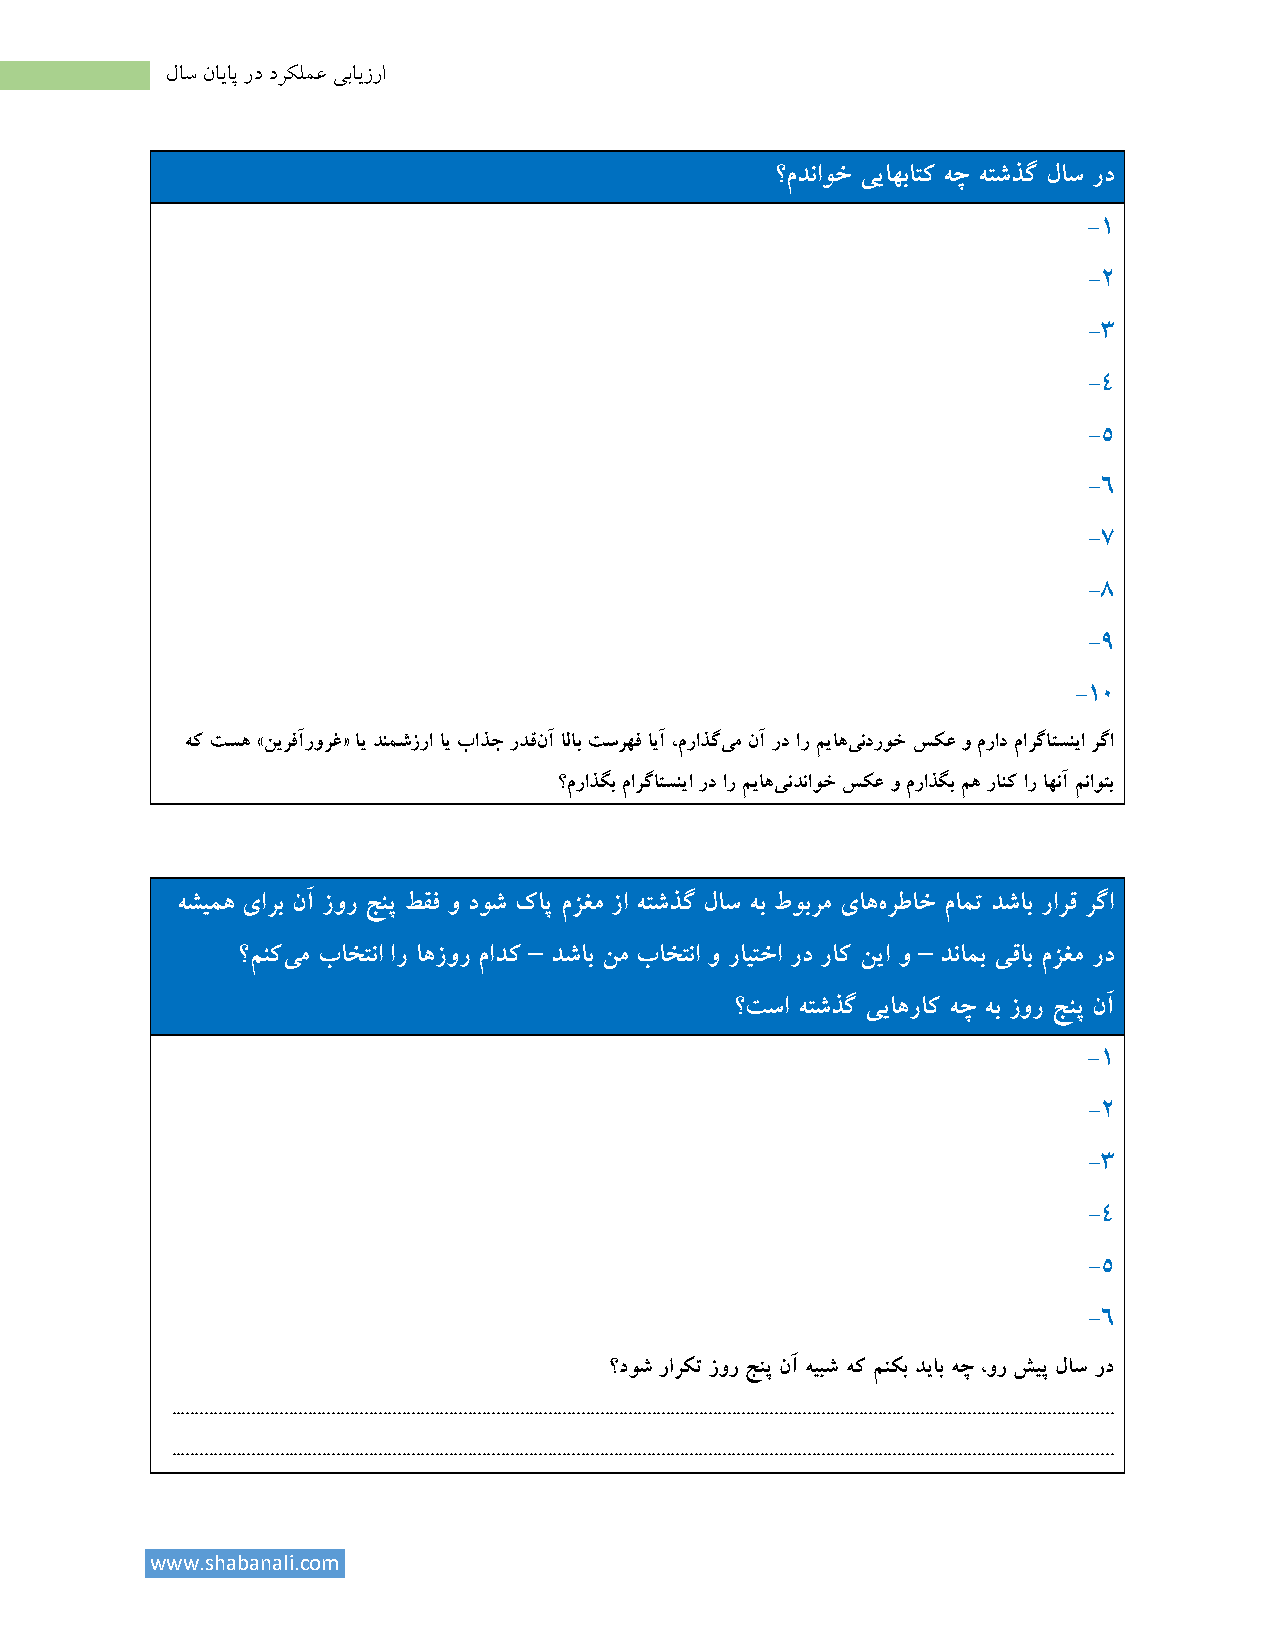
لاس نایاپ رد درکلمع یبایزرا
 ؟مدناوخ ییاهباتک هچ هتشذگ لاس رد
 -۱
 -۲
 -۳
 -۴
 -۵
 -۶
 -۷
 -۸
 -۹
 -۱۱
 هک تسه »نیرفآرورغ« ای دنمشزرا ای باذج ردقنآ الاب تسرهف ایآ ،مراذگیم نآ رد ار میاهیندروخ سکع و مراد مارگاتسنیا رگا
 ؟مراذگب مارگاتسنیا رد ار میاهیندناوخ سکع و مراذگب مه رانک ار اهنآ مناوتب
 هشیمه یارب نآ زور جنپ طقف و دوش کاپ مزغم زا هتشذگ لاس هب طوبرم یاههرطاخ مامت دشاب رارق رگا
 –                         –
 ؟منکیم باختنا ار اهزور مادک دشاب نم باختنا و رایتخا رد راک نیا و دنامب یقاب مزغم رد
 ؟تسا هتشذگ ییاهراک هچ هب زور جنپ نآ
 -۱
 -۲
 -۳
 -۴
 -۵
 -۶
 ؟دوش رارکت زور جنپ نآ هیبش هک منکب دیاب هچ ،ور شیپ لاس رد
 ........................................................................................................................................................................................................
 ........................................................................................................................................................................................................
 www.shabanali.com